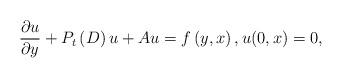
LaTeX: \begin{align*}\frac{\partial u}{\partial y}+P_{t}\left( D\right) u+Au=f\left( y,x\right) ,u(0,x)=0, \end{align*}